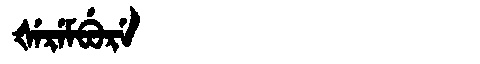
Manchu: ᡧᡝᡵᡝᠮᠪᡠᡵᡝ
Romanization: ŠEREMBURE